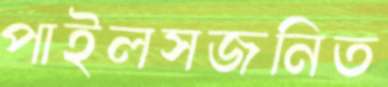
পাইলসজনিত